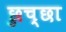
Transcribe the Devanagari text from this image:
छुच्छा